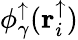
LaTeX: \phi_{\gamma}^{\uparrow}(\mathbf{r}_{i}^{\uparrow})